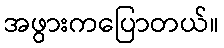
အဖွားကပြောတယ်။